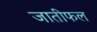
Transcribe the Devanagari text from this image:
जातीफल